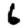
Digit: 6